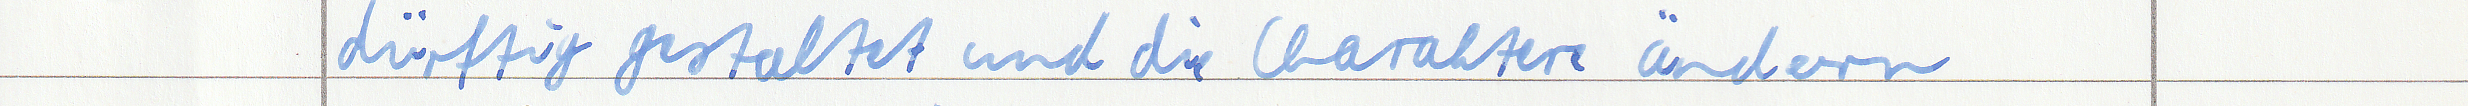
dürftig gestaltet und die Charaktere ändern